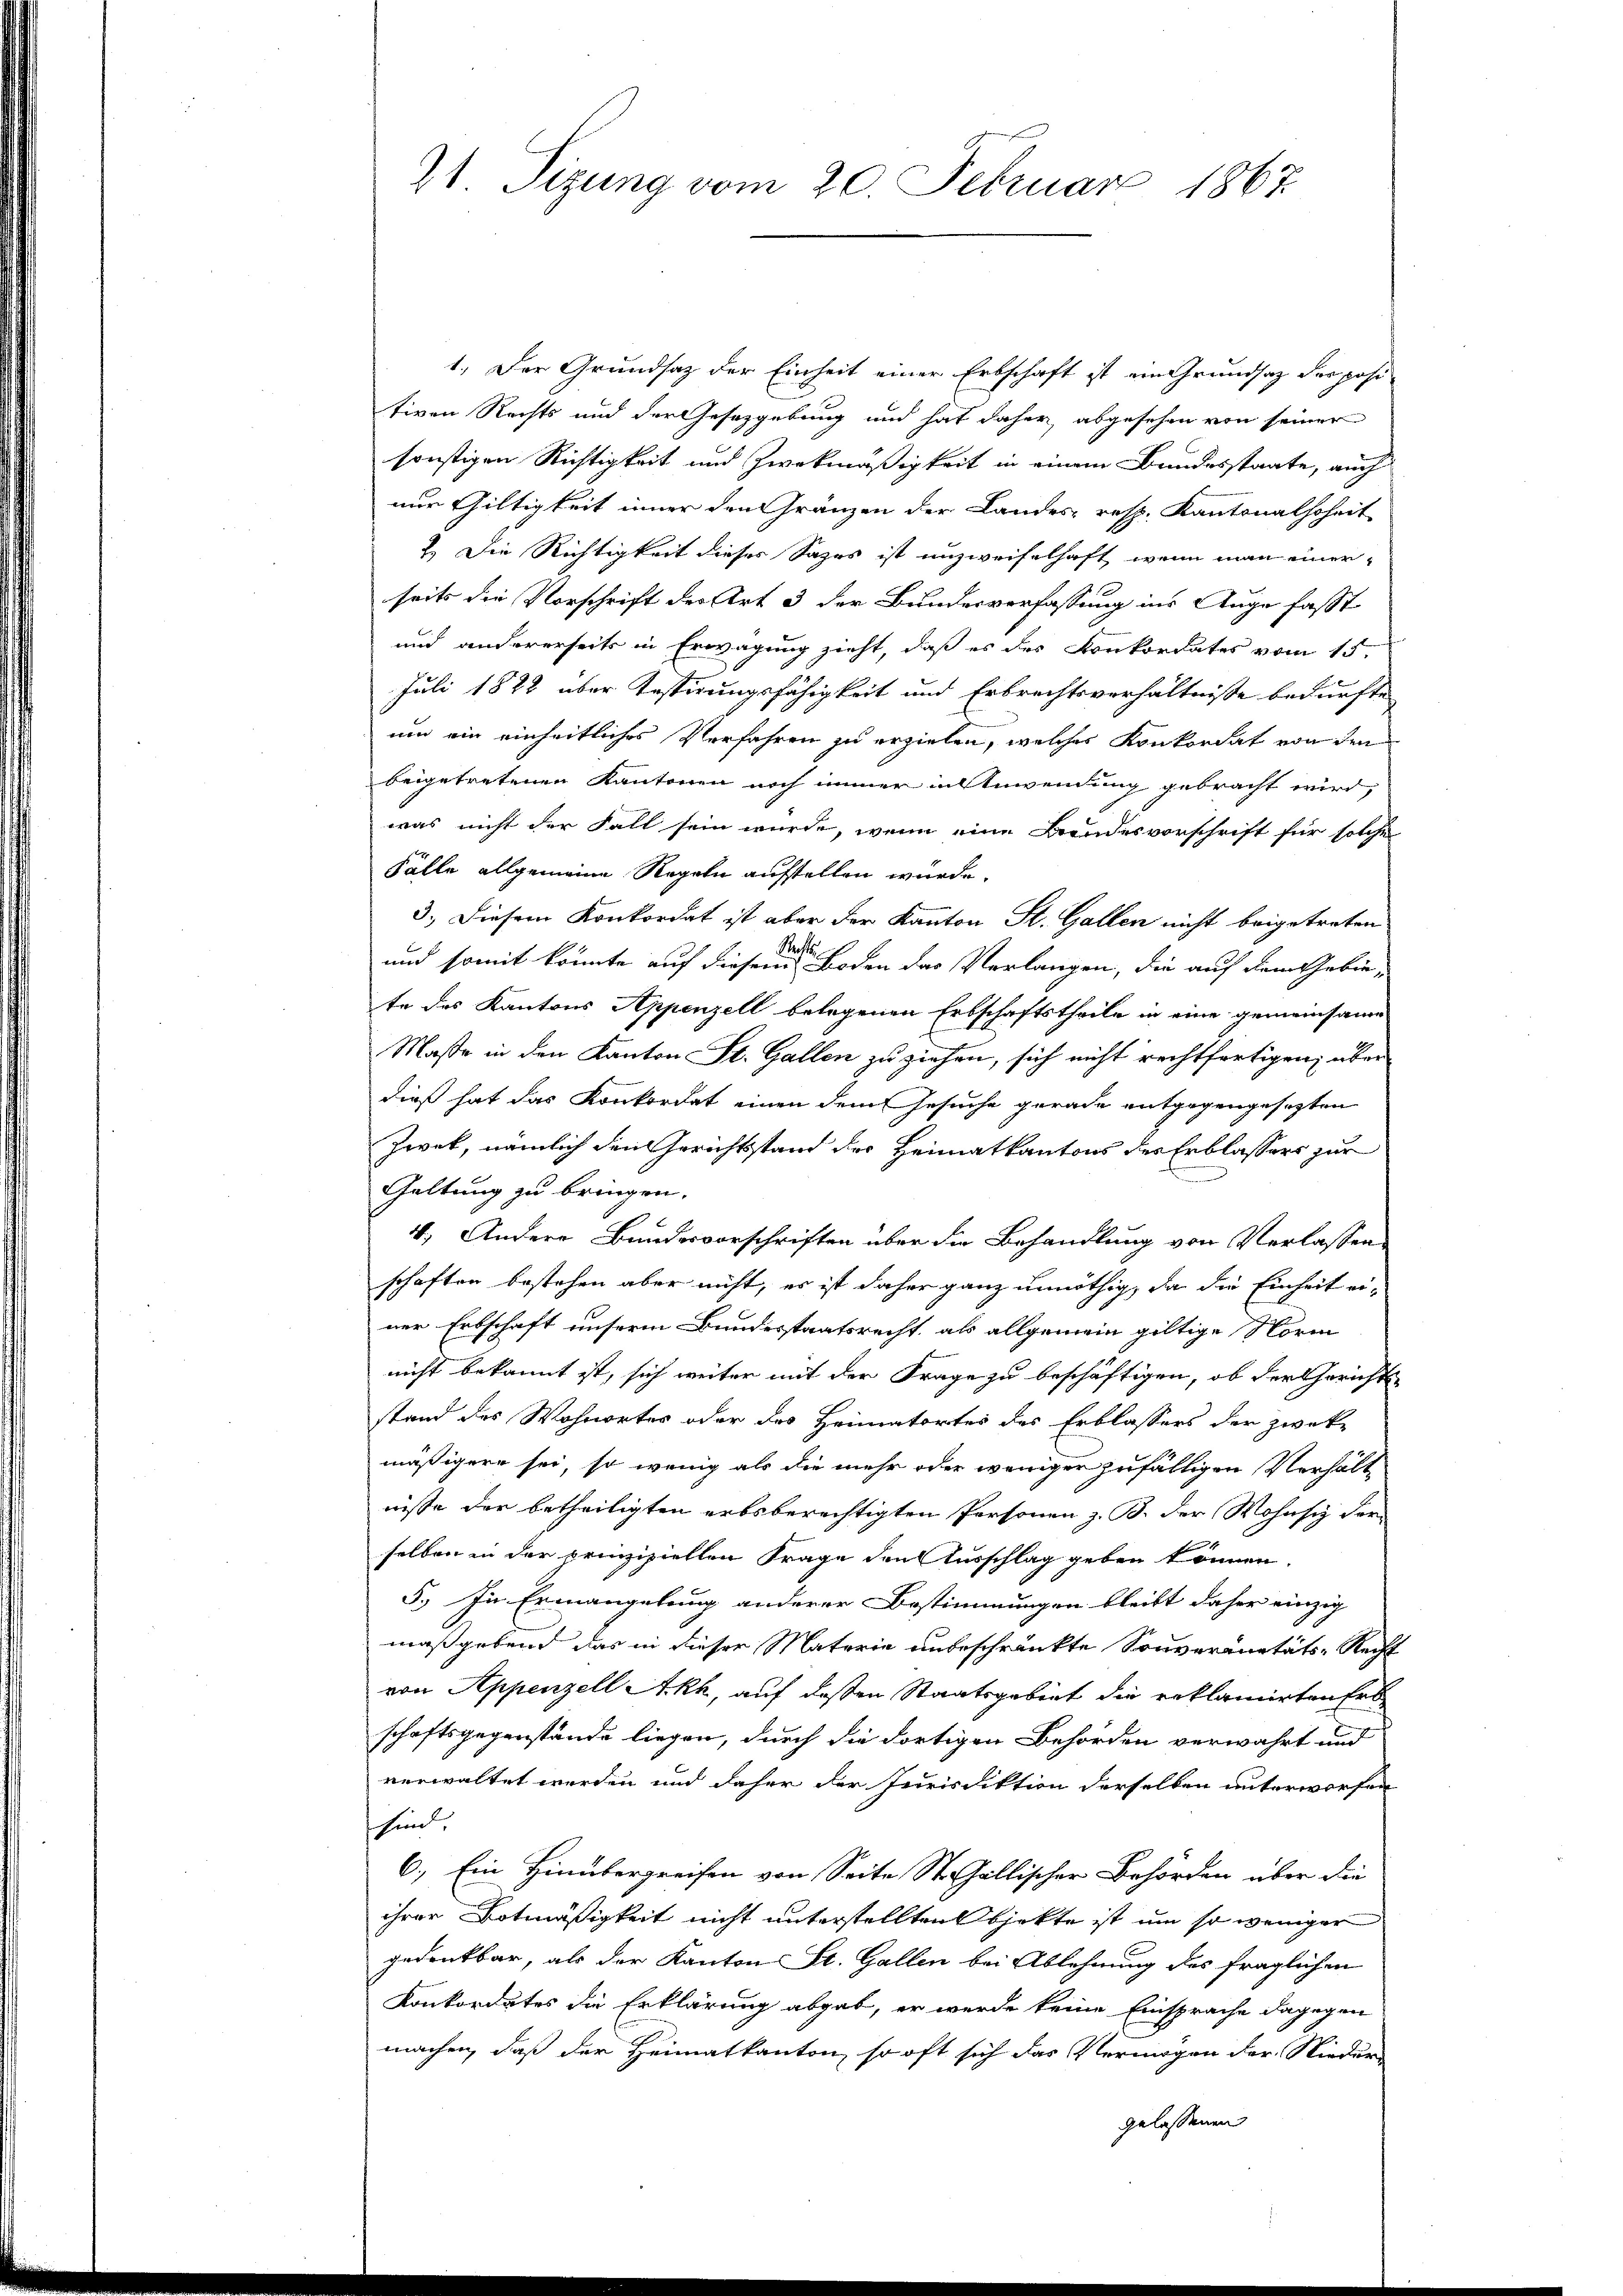
21. Sizung vom 20. Februar 1867.

1.) Der Grundsaz der Einheit einer Erbschaft ist ein Grundsatz der posi-
tiven Rechts und der Gesetzgebung und hat daher, abgesehen von seiner
sonstigen Richtigkeit und Zweckmäßigkeit in einem Bundesstaate, auch
nur Gültigkeit inner den Gränzen der Landes, resp. Kantonalhoheit
2.) Die Richtigkeit dieses Sages ist unzweifelhaft, wenn man einer
seits die Vorschrift des Art 3 der Bundesverfassung ins Auge fasst
und andererseits in Erwägung zieht, daß es des Konkordates vom 15.
Juli 1822 über Testirungsfähigkeit und Erbrechtsverhältnisse bedürfte,
um ein einheitliches Verfahren zu erzielen, welches Konkordat von den
beigetretenen Kantonen noch immer in Anwendung gebracht wird,
was nicht der Fall sein würde, wenn eine Bundesvorschrift für solche
Fälle allgemeine Regeln aufstellen wurde.
3.) Diesem Konkordat ist aber der Kanton St. Gallen nicht beigetreten
Rech
und somit könnte auf diesem Boden das Verlangen, die auf dem Gebiete des Kantons Appenzell belegenen Erbschaftstheile in eine gemeinsame
Maße in den Kanton St. Gallen zu ziehen, sich nicht rechtfertigen, über
dieß hat das Konkordat einen dem Gesuche gerade entgegengesezten
Zwek, nämlich den Gerichtsstand der Heimatkantons des Erblassers zur
Galtung zu bringen.
4.) Andere Bundesvorschriften über die Behandlung von Verlassen
schaften bestehen aber nicht, es ist daher ganz unnöthig, da die Einheit ei-
ner Erbschaft unserm Bundesstaatsrecht, als allgemein giltige Norm
nicht bekannt ist, sich weiter mit der Frage zu beschäftigen, ob der Gerichts
stand des Wohnortes oder des Heimatortes des Erblassers der zweke
mäßigere sei, so wenig als die mehr oder weniger zufälligen Verhält
nisse der betheiligten erbsberechtigten Personen z. B. der Wohnsiz der
selben in der prinzipiellen Frage den Ausschlag geben können.
5.) In Ermangelung anderer Bestimmungen bleibt daher einzig
maßgebend das in dieser Materie unbeschränkte Souveranitäts-Recht
von Appenzell Ackh, auf deßen Staatsgebiet die reklamirten Ers
schaftsgegenstände liegen, durch die dortigen Behörden verwahrt und
verwaltet werden und daher der Jurisdiktion derselben unterworfen
schind
6.) Ein Hinübergreifen von Seite St. Gallischer Behörden über die
ihrer Botmäßigkeit nicht unterstellten Objekte ist um so weniger
gedankbar, als der Kanton St. Gallen bei Ablehnung des fraglichen
Konkordates die Erklärung abgab, er werde keine Einsprache dagegen
machen, daß der Heimatkanton, so oft sich das Vermögen der Nieder-
gelassenen